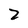
Character: Z